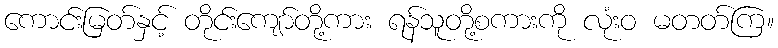
ကောင်းမြတ်နှင့် တိုင်းကျော်တို့ကား ရန်သူတို့စကားကို လုံးဝ မတတ်ကြ။